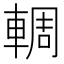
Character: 輖